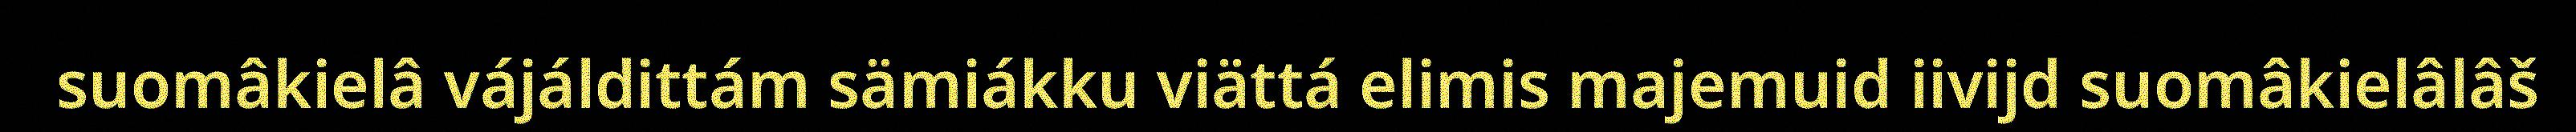
suomâkielâ vájáldittám sämiákku viättá elimis majemuid iivijd suomâkielâlâš